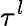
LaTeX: \tau^{l}